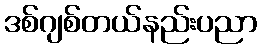
ဒစ်ဂျစ်တယ်နည်းပညာ